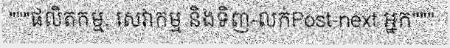
"""ផលិតកម្ម, សេវាកម្ម និងទិញ-លក់Post-next អ្នក"""